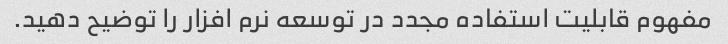
مفهوم قابلیت استفاده مجدد در توسعه نرم افزار را توضیح دهید.